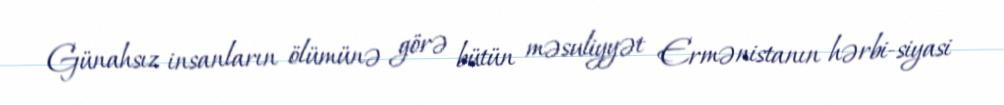
Günahsız insanların ölümünə görə bütün məsuliyyət Ermənistanın hərbi-siyasi